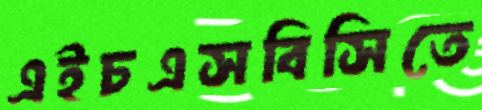
এইচএসবিসিতে